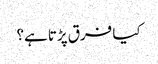
کیا فرق پڑتا ہے؟